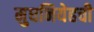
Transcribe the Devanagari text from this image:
मुघनियेहची